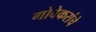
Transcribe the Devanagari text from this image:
गोवेकरांचे